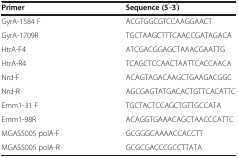
| Primer | Sequence (5′-3′) |
 | --- | --- |
 | GyrA-1584 F | ACGTGGCGTCCAAGGAACT |
 | GyrA-1709R | TGCTAAGCTTTCAACCGATAGACA |
 | HtrA-F4 | ATCGACGGAGCTAAACGAATTG |
 | HtrA-R4 | TCAGCTCCAACTAATTCACCAACA |
 | Nrd-F | ACAGTAGACAAGCTGAAGACGGC |
 | Nrd-R | AGCGAGTATGACACTGTTCACATTC |
 | Emm1-31 F | TGCTACTCCAGCTGTTGCCATA |
 | Emm1-98R | ACAGGTGAAACAGCTAACCCATTC |
 | MGAS5005 polA-F | GCGGGCAAAACCACCTT |
 | MGAS5005 polA-R | GCGCGACCCGCCTTATA |